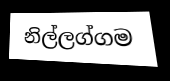
නිල්ලග්ගම